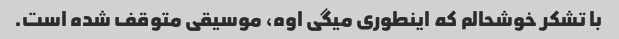
با تشکر خوشحالم که اینطوری میگی اوه، موسیقی متوقف شده است.